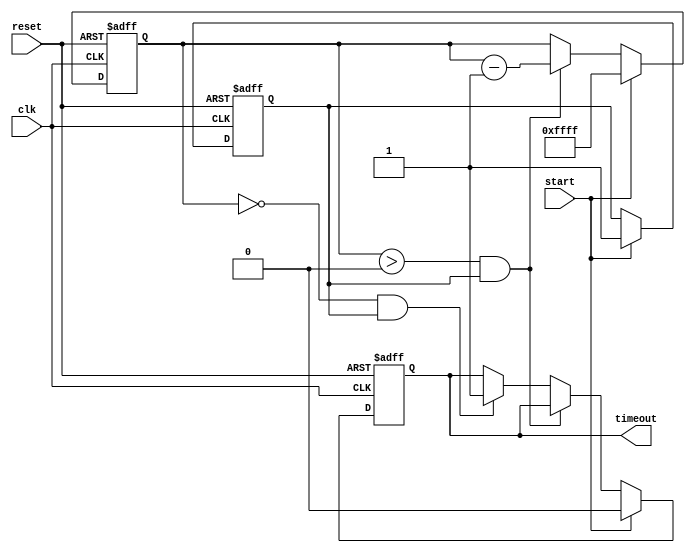
module watchdog_timer (
    input wire clk,
    input wire reset,
    input wire start,
    output reg timeout
);

reg [15:0] counter;
reg active;

always @ (posedge clk or posedge reset) begin
    if (reset) begin
        counter <= 16'h0000;
        active <= 1'b0;
        timeout <= 1'b0;
    end else if (start) begin
        counter <= 16'hFFFF; // Set the timeout period
        active <= 1'b1;
        timeout <= 1'b0;
    end else if (counter > 0 && active) begin
        counter <= counter - 1;
    end else if (counter == 0 && active) begin
        timeout <= 1'b1;
    end
end

endmodule